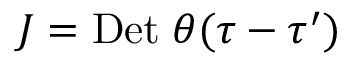
J = \mathrm { D e t } \; \theta ( \tau - \tau ^ { \prime } )